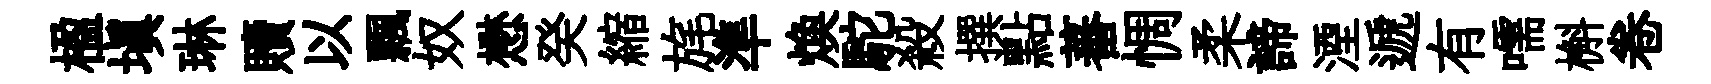
楹塡琳贖以飄奴懋癸縮旄準焕駝殺撰點蕃惆柔諦湮遞有嚅槲卷